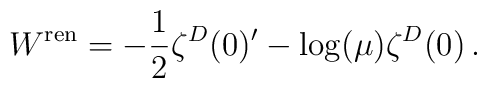
W^{\mbox{\scriptsize ren}}=-\frac 12 \zeta^D(0)'-\log (\mu ) \zeta^D(0) \,.